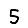
Digit: 5